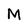
Character: M